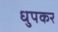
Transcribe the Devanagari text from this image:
धुपकर